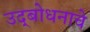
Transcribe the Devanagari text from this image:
उद्‌बोधनाचे